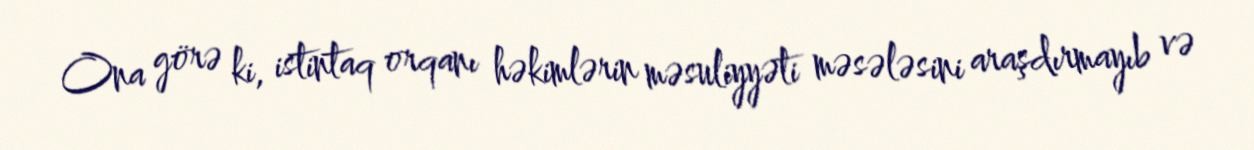
Ona görə ki, istintaq orqanı həkimlərin məsuliyyəti məsələsini araşdırmayıb və